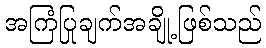
အကြံပြုချက်အချို့ဖြစ်သည်